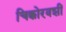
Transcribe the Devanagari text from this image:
चिक्कोरवशीं